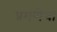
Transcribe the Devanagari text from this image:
प्रमणेचा